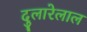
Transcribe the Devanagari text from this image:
दुलारेलाल